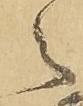
々